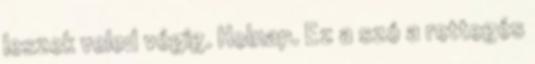
leszek veled végig. Holnap. Ez a szó a rettegés